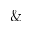
\&